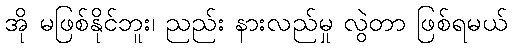
အို မဖြစ်နိုင်ဘူး၊ ညည်း နားလည်မှု လွဲတာ ဖြစ်ရမယ်